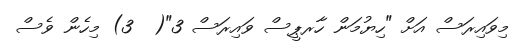
މިވައިރަސް އަށް "ހިޔުމަން ހާރޕީސް ވައިރަސް 3"(  3) މިހެން ވެސް